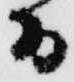
而